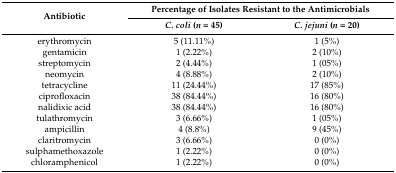
<table><thead><tr><td rowspan="2"><b>Antibiotic</b></td><td colspan="2"><b>Percentage of Isolates Resistant to the Antimicrobials</b></td></tr><tr><td><b><i>C. coli</i> (<i>n</i> = 45)</b></td><td><b><i>C. jejuni</i> (<i>n</i> = 20)</b></td></tr></thead><tbody><tr><td>erythromycin</td><td>5 (11.11%)</td><td>1 (5%)</td></tr><tr><td>gentamicin</td><td>1 (2.22%)</td><td>2 (10%)</td></tr><tr><td>streptomycin</td><td>2 (4.44%)</td><td>1 (05%)</td></tr><tr><td>neomycin</td><td>4 (8.88%)</td><td>2 (10%)</td></tr><tr><td>tetracycline</td><td>11 (24.44%)</td><td>17 (85%)</td></tr><tr><td>ciprofloxacin</td><td>38 (84.44%)</td><td>16 (80%)</td></tr><tr><td>nalidixic acid</td><td>38 (84.44%)</td><td>16 (80%)</td></tr><tr><td>tulathromycin</td><td>3 (6.66%)</td><td>1 (05%)</td></tr><tr><td>ampicillin</td><td>4 (8.8%)</td><td>9 (45%)</td></tr><tr><td>claritromycin</td><td>3 (6.66%)</td><td>0 (0%)</td></tr><tr><td>sulphamethoxazole</td><td>1 (2.22%)</td><td>0 (0%)</td></tr><tr><td>chloramphenicol</td><td>1 (2.22%)</td><td>0 (0%)</td></tr></tbody></table>